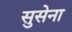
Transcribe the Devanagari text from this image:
सुसेना